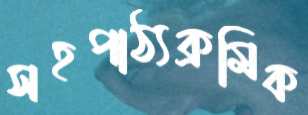
সহপাঠ্যক্রমিক